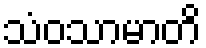
သံဝသာမာတိ